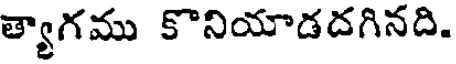
త్యాగము కొనియాడదగినది.